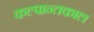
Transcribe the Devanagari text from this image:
कल्पान्तकाल